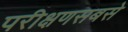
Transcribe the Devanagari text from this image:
परीक्षणसबसे